Vaccination in Bombay 1889-1901 - 1889-1901
Year: 1889
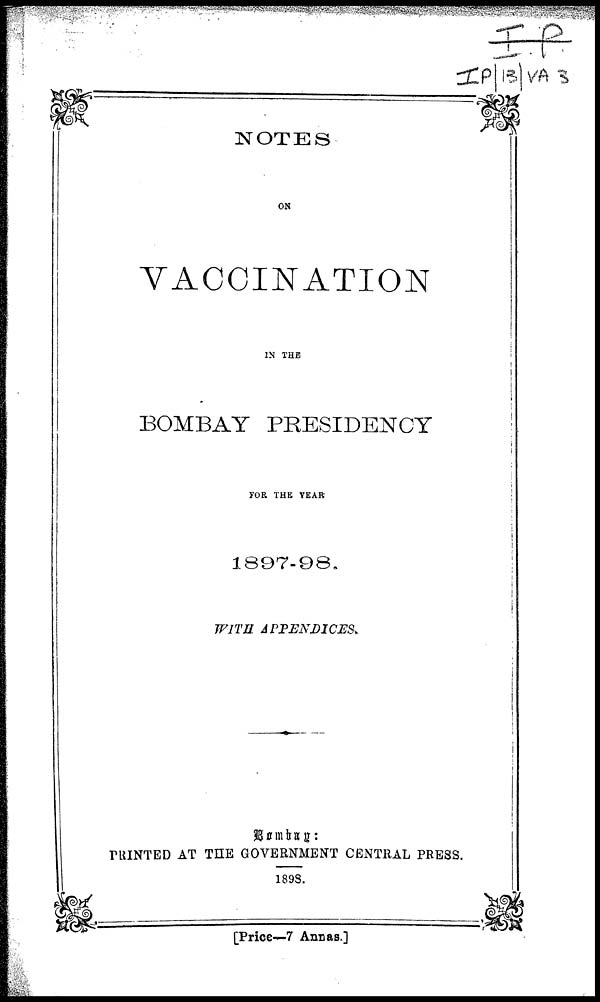
NOTES
ON
VACCINATION
IN THE
BOMBAY PRESIDENCY
FOR THE YEAR
1897-98.
WITH
APPENDICES.
Bombay :
PRINTED AT THE GOVERNMENT CENTRAL PRESS.
1898.
[Price—7 Annas.]